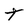
Character: t